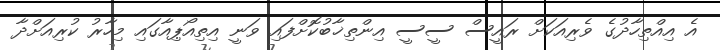
އެ އިއްތިހާދުގެ ވެރިއަކަށް ރައީސް ސީސީ އިންތިޚާބުކޮށްފައި ވަނީ އިތިއޯޕިއާގައި މިހާރު ކުރިއަށްދާ